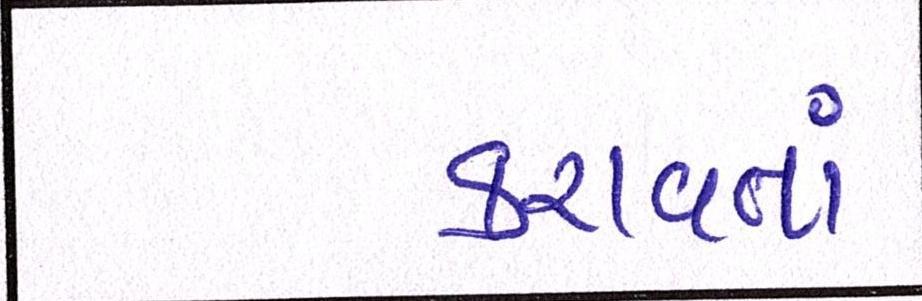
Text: કરાવતાં